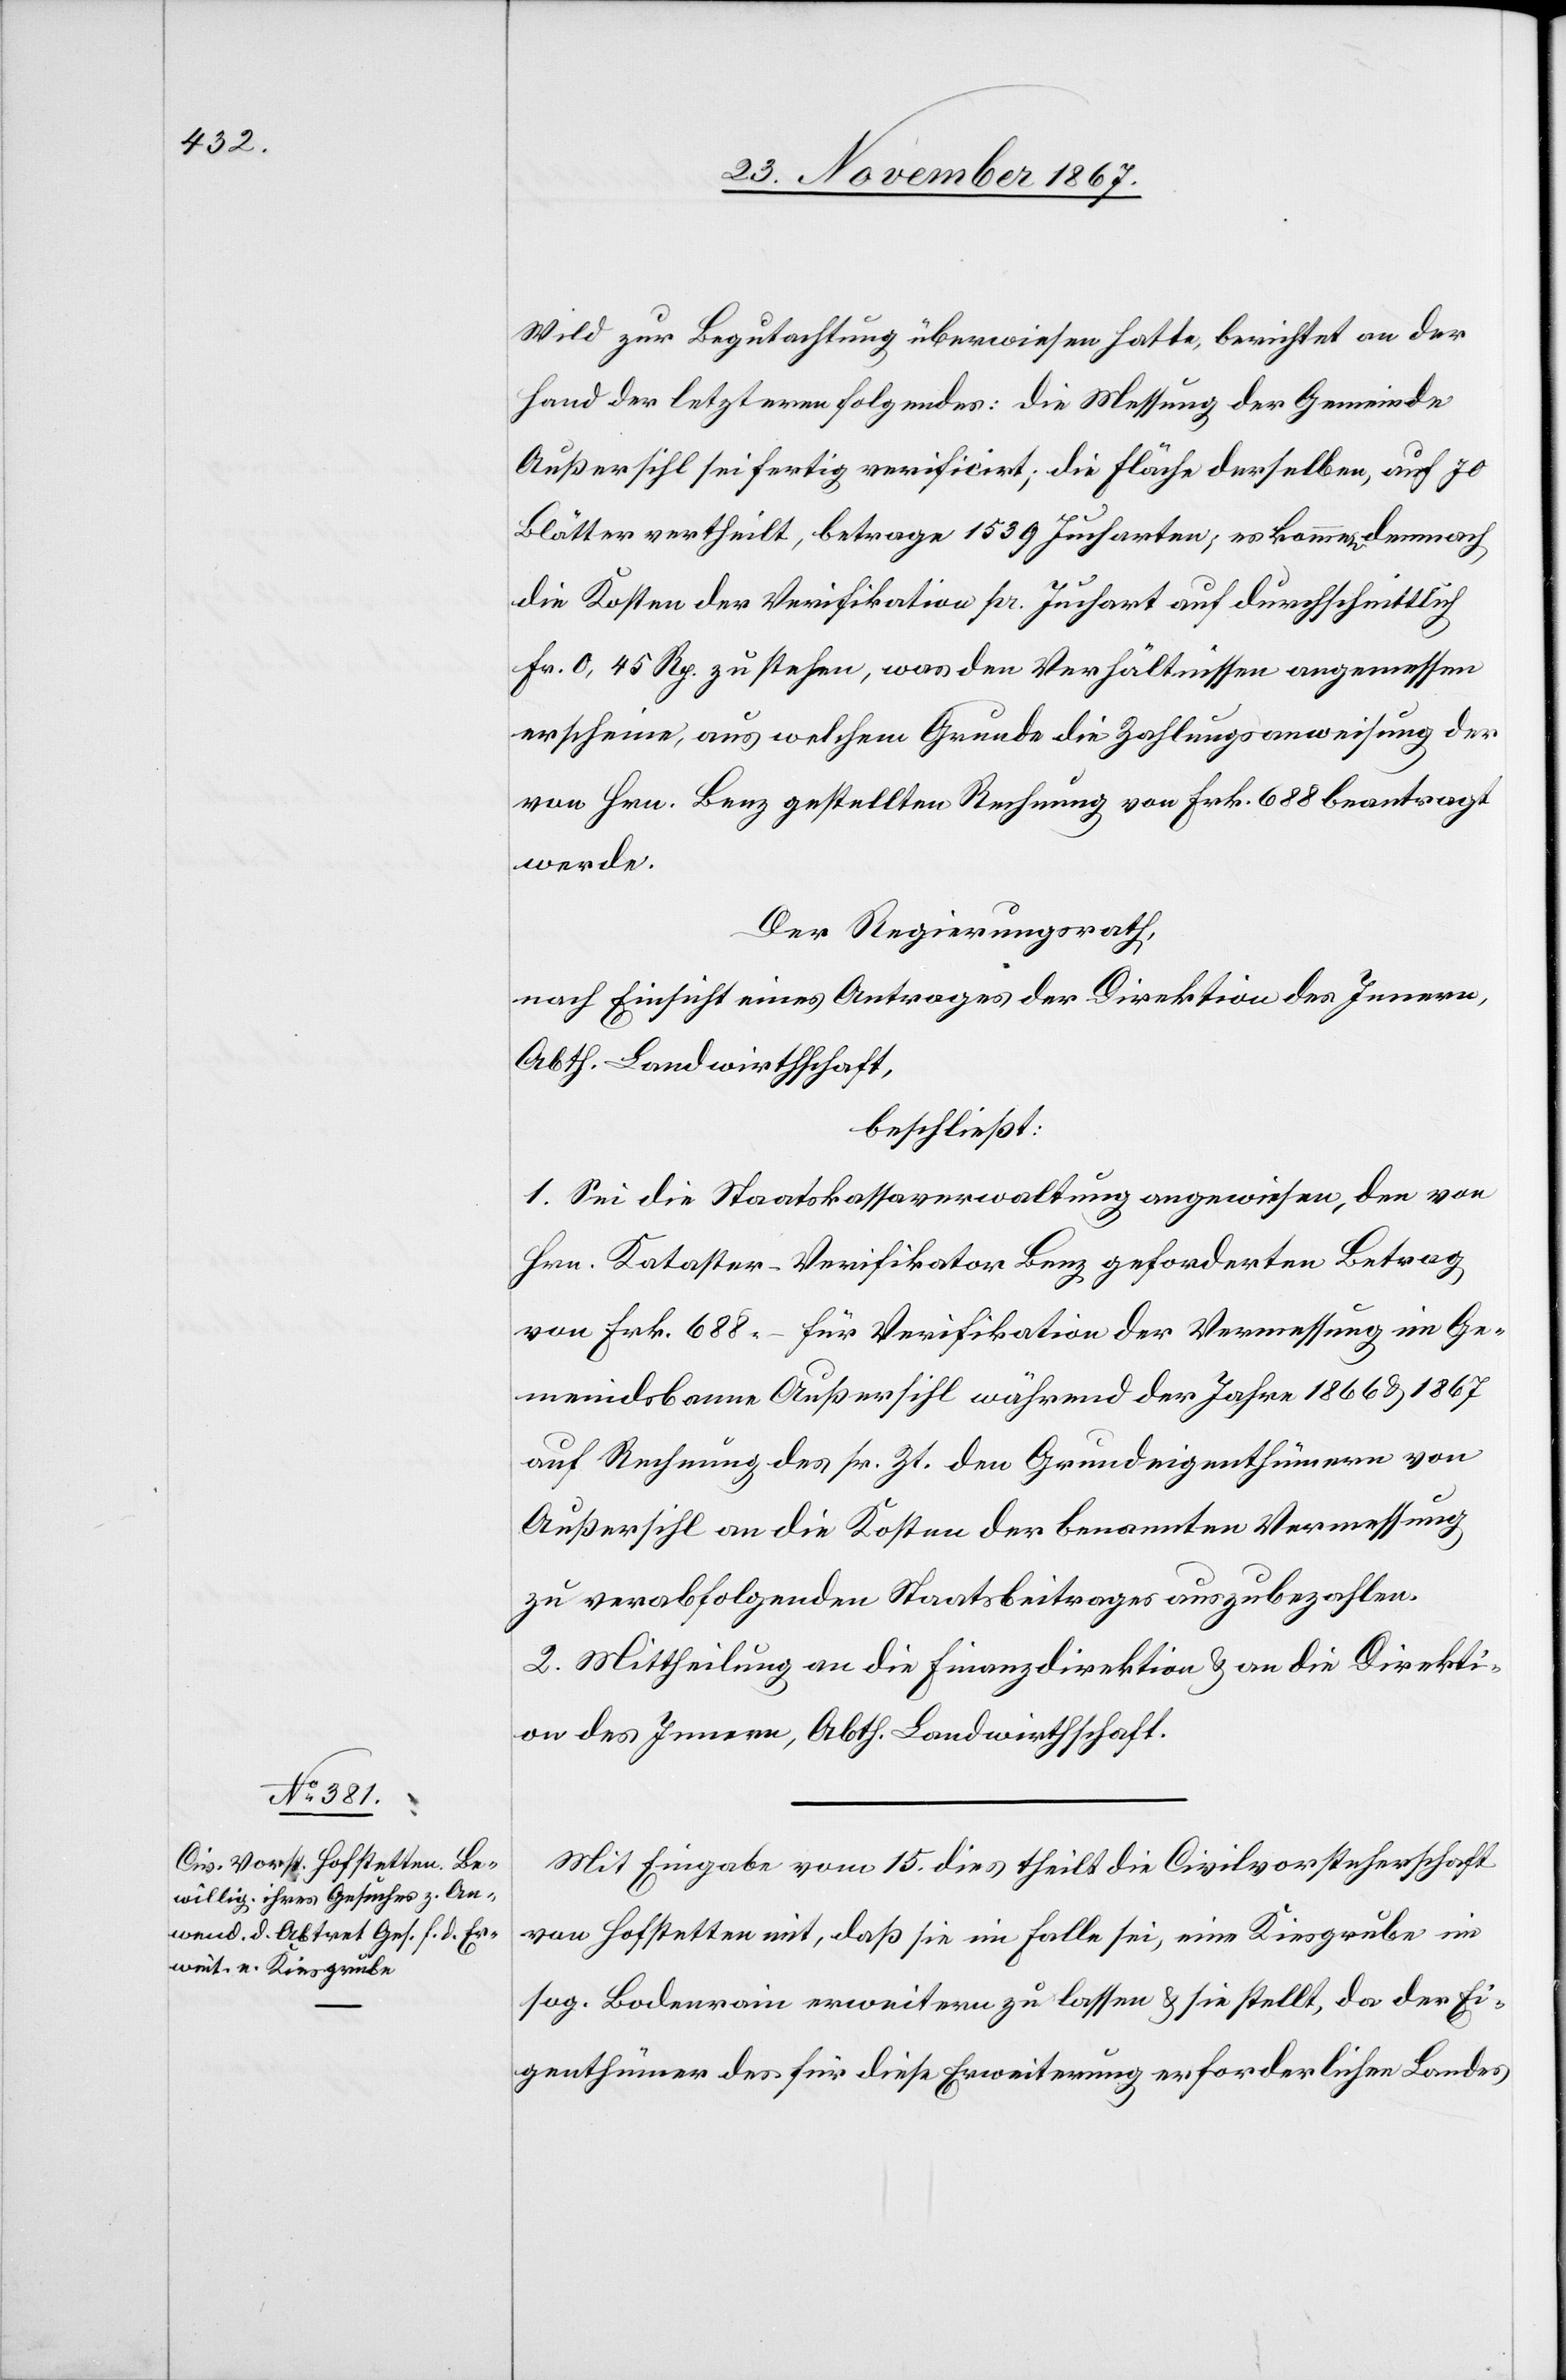
Wild zur Begutachtung überwiesen hatte, berichtet an der
Hand der letzteren folgendes: die Messung der Gemeinde
Außersihl sei fertig verificirt; die Fläche derselben, auf 70
Blätter vertheilt, betrage 1539 Jucharten; es kommen demnach
die Kosten der Verifikation pr. Juchart auf durchschnittlich
Fr. 0,45 Rp. zu stehen, was den Verhältnissen angemessen
erscheine, aus welchem Grunde die Zahlungsanweisung der
von Hrn. Benz gestellten Rechnung von Frk. 688 beantragt
werde.
Der Regierungsrath,
nach Einsicht eines Antrages der Direktion des Innern,
Abth. Landwirthschft,
beschließt:
1. Sei die Staatskassaverwaltung angewiesen, die von
Hrn. Kataster-Verifikator Benz geforderten Betrag
von Frk. 688.– für Verifikation der Vermessung im Ge¬
meindsbanne Außersihl während der Jahre 1866 u. 1867
auf Rechnung des sr. Zt. den Grundeigenthümern von
Außersihl an die Kosten der benannten Vermessung
zu verabfolgenden Staatsbeitrages auszubezahlen.
2. Mittheilung an die Finanzdirektion u. an die Direkti¬
on des Innern, Abth. Landwirthschaft.
Mit Eingabe vom 15. dies theilt die Civilvorsteherschaft
von Hofstetten mit, daß sie im Falle sei, eine Kiesgrube im
sog. Bodenrain erweitern zu lassen u. sie stellt, da der Ei¬
genthümer des für diese Erweiterung erforderlichen Landes